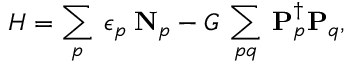
H = \sum _ { p } \: \epsilon _ { p } \: \mathbf { N } _ { p } - G \: \sum _ { p q } \: \mathbf { P } _ { p } ^ { \dagger } \mathbf { P } _ { q } ,